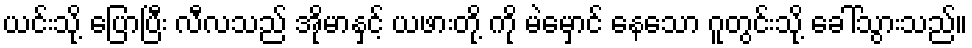
ယင်းသို့ ပြောပြီး လီလသည် အိုမာနှင့် ယဖားတို့ ကို မဲမှောင် နေသော ဂူတွင်းသို့ ခေါ်သွားသည်။